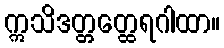
ဣသိဒတ္တတ္ထေရဂါထာ။